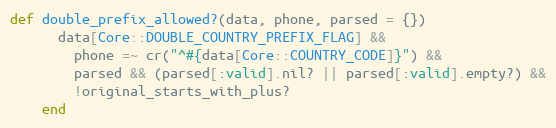
Language: Ruby
def double_prefix_allowed?(data, phone, parsed = {})
      data[Core::DOUBLE_COUNTRY_PREFIX_FLAG] &&
        phone =~ cr("^#{data[Core::COUNTRY_CODE]}") &&
        parsed && (parsed[:valid].nil? || parsed[:valid].empty?) &&
        !original_starts_with_plus?
    end